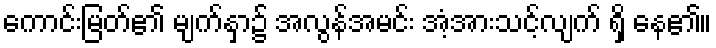
ကောင်းမြတ်၏ မျက်နှာ၌ အလွန်အမင်း အံ့အားသင့်လျက် ရှိ နေ၏။